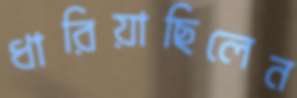
ধারিয়াছিলেন